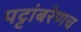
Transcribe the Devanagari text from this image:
पट्टांबरेणच